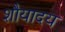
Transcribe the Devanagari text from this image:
शौयादय